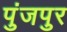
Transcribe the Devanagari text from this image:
पुंजपुर